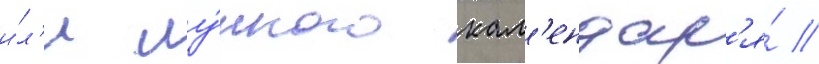
и́л'и лу́нного кал'ендар'я́ //